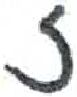
אות: ז